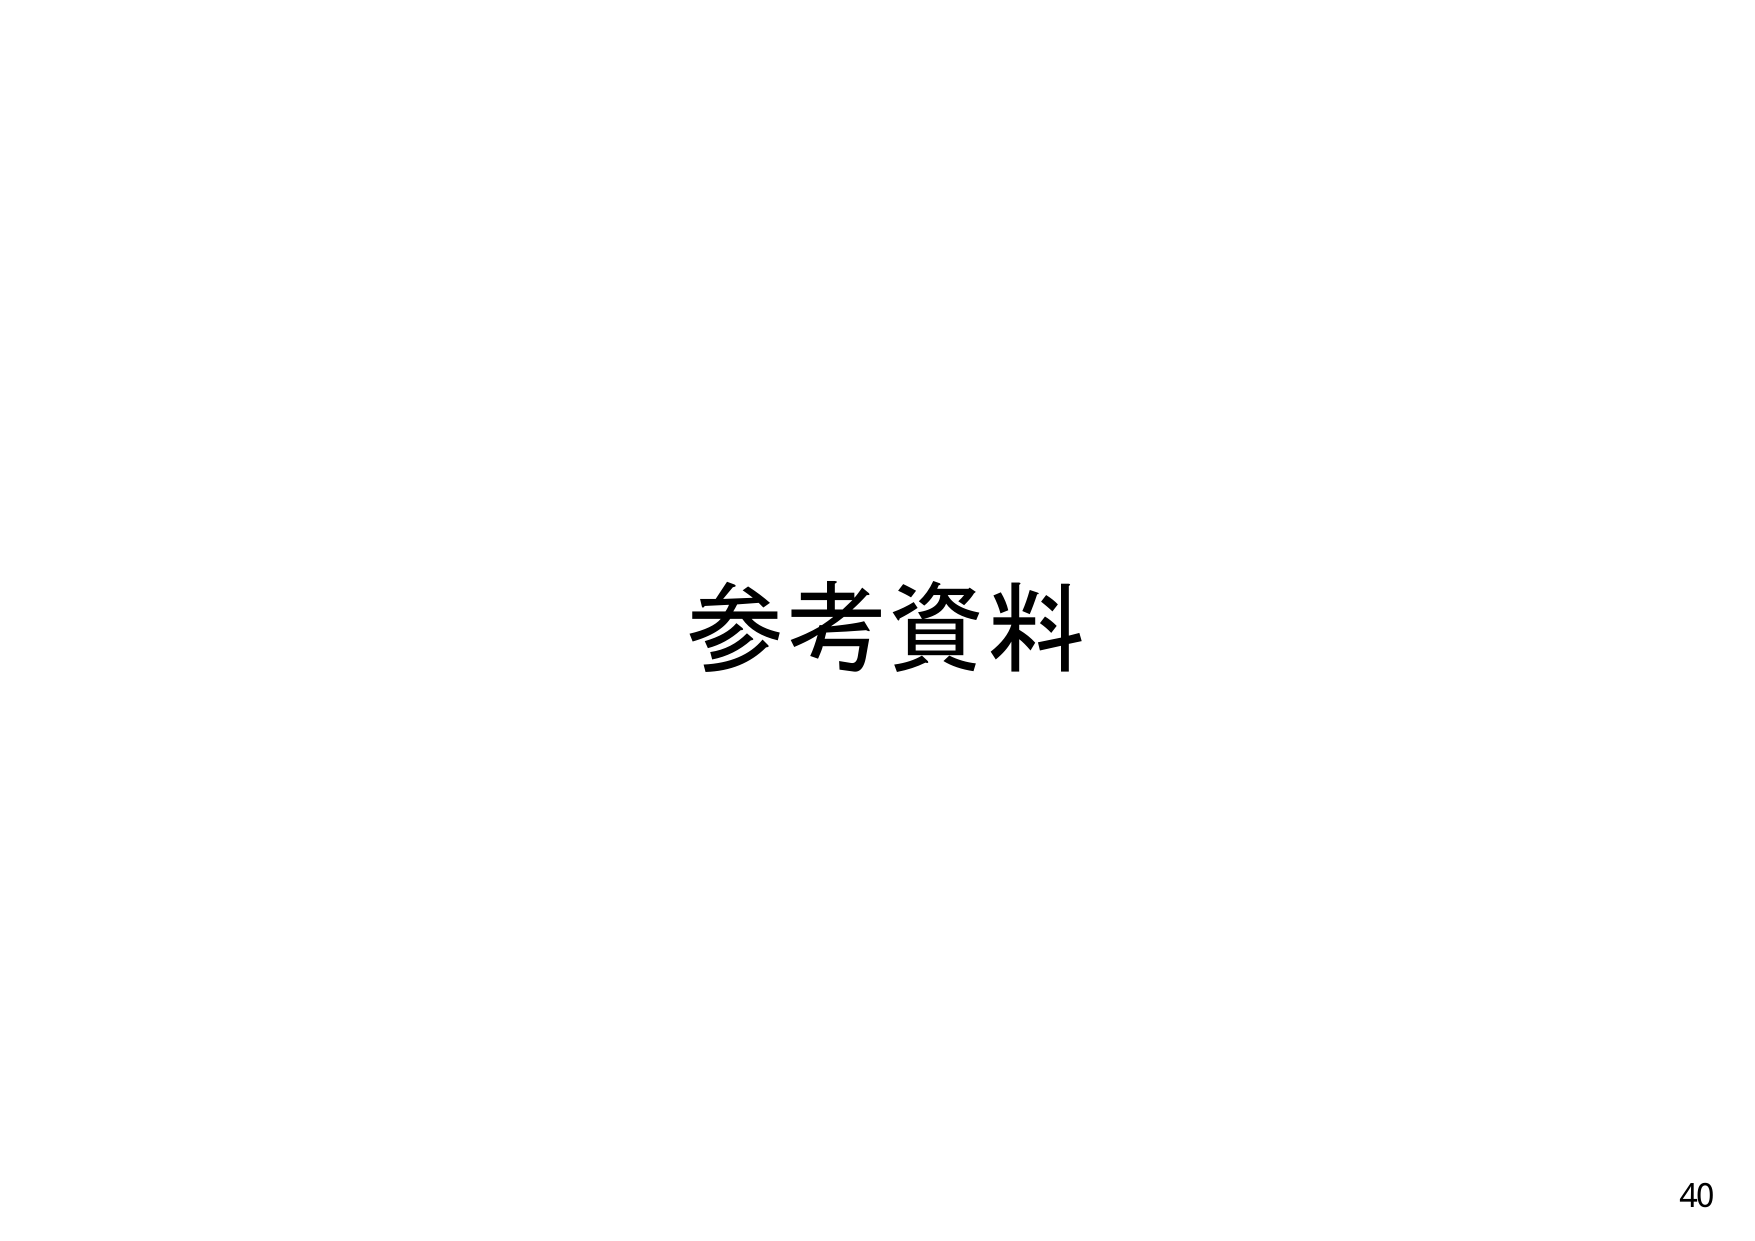
参考资料
40